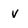
Character: v